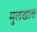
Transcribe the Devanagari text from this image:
मुलखास